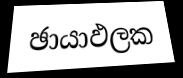
ඡායාඵලක